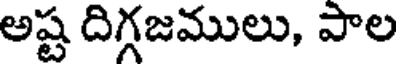
అష్ట దిగ్గజములు, పాల